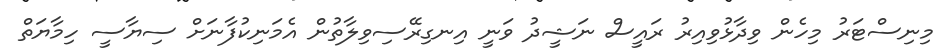
މިނިސްޓަރު މިހެން ވިދާޅުވިއިރު ރައީސް ނަޝީދު ވަނީ އިނގިރޭސިވިލާތުން އެމަނިކުފާނަށް ސިޔާސީ ހިމާޔަތް